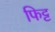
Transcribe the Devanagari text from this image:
फिट्ट